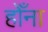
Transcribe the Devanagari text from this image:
होँना